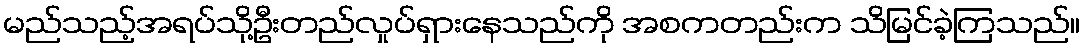
မည်သည့်အရပ်သို့ဦးတည်လှုပ်ရှားနေသည်ကို အစကတည်းက သိမြင်ခဲ့ကြသည်။